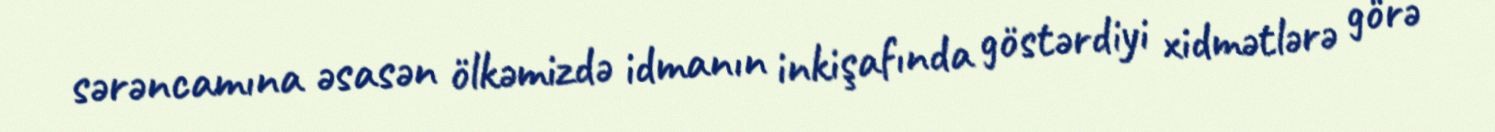
sərəncamına əsasən ölkəmizdə idmanın inkişafında göstərdiyi xidmətlərə görə